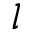
l